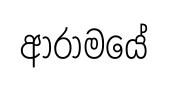
ආරාමයේ